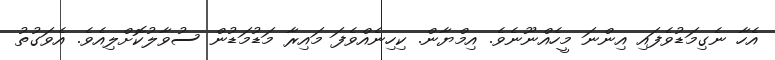
އެހާ ނެގިމަޑުވެފައި އިންނަ މީހެއްނޫނެވެ. އިމްޔާން. ކިހިނެއްވެފަ މައިރާ މަޑުމަޑުން ސުވާލުކޮށްލިއެވެ. އެވަގުތު